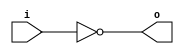
module invert (input wire i, output wire o);
   assign o = !i;
endmodule

module and2 (input wire i0, i1, output wire o);
  assign o = i0 & i1;
endmodule

module or2 (input wire i0, i1, output wire o);
  assign o = i0 | i1;
endmodule

module xor2 (input wire i0, i1, output wire o);
  assign o = i0 ^ i1;
endmodule

module nand2 (input wire i0, i1, output wire o);
   wire t;
   and2 and2_0 (i0, i1, t);
   invert invert_0 (t, o);
endmodule

module nor2 (input wire i0, i1, output wire o);
   wire t;
   or2 or2_0 (i0, i1, t);
   invert invert_0 (t, o);
endmodule

module xnor2 (input wire i0, i1, output wire o);
   wire t;
   xor2 xor2_0 (i0, i1, t);
   invert invert_0 (t, o);
endmodule

module and3 (input wire i0, i1, i2, output wire o);
   wire t;
   and2 and2_0 (i0, i1, t);
   and2 and2_1 (i2, t, o);
endmodule

module or3 (input wire i0, i1, i2, output wire o);
   wire t;
   or2 or2_0 (i0, i1, t);
   or2 or2_1 (i2, t, o);
endmodule

module nor3 (input wire i0, i1, i2, output wire o);
   wire t;
   or2 or2_0 (i0, i1, t);
   nor2 nor2_0 (i2, t, o);
endmodule

module nand3 (input wire i0, i1, i2, output wire o);
   wire t;
   and2 and2_0 (i0, i1, t);
   nand2 nand2_1 (i2, t, o);
endmodule

module xor3 (input wire i0, i1, i2, output wire o);
   wire t;
   xor2 xor2_0 (i0, i1, t);
   xor2 xor2_1 (i2, t, o);
endmodule

module xnor3 (input wire i0, i1, i2, output wire o);
   wire t;
   xor2 xor2_0 (i0, i1, t);
   xnor2 xnor2_0 (i2, t, o);
endmodule

module fulladd(input wire a,b,cin, output wire sum, cout);
	wire [4:0]t;
	xor2 x0 (a,b,t[0]);
	xor2 x1 (t[0],cin,sum);
	and2 a0 (a,b,t[1]);
	and2 a1 (a,cin,t[2]);
	and2 a2 (b,cin,t[3]);
	or2 o0 (t[1],t[2],t[4]);
	or2 o1 (t[3],t[4],cout);

endmodule